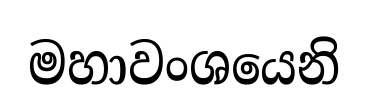
මහාවංශයෙනි